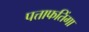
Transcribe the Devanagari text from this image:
पत्ताफतिंगा